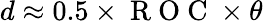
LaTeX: d\approx 0.5\times\mathrm{~R~O~C~}\times\theta